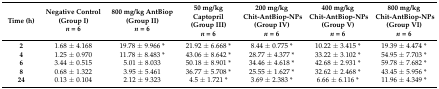
| Time (h) | Negative Control (Group I)n = 6 | 800 mg/kg AntBiop (Group II)n = 6 | 50 mg/kg Captopril (Group III)n = 6 | 200 mg/kg Chit-AntBiop-NPs (Group IV)n = 6 | 400 mg/kg Chit-AntBiop-NPs (Group V)n = 6 | 800 mg/kg Chit-AntBiop-NPs (Group VI)n = 6 |
 | --- | --- | --- | --- | --- | --- | --- |
 | 2 | 1.68 ± 4.168 | 19.78 ± 9.966 * | 21.92 ± 6.668 * | 8.44 ± 0.775 * | 10.22 ± 3.415 * | 19.39 ± 4.474 * |
 | 4 | 1.25 ± 0.970 | 11.78 ± 8.483 * | 43.06 ± 8.642 * | 28.77 ± 4.377 * | 33.22 ± 3.102 * | 54.95 ± 7.703 * |
 | 6 | 3.44 ± 0.515 | 5.01 ± 8.033 | 50.18 ± 8.901 * | 34.46 ± 4.618 * | 42.68 ± 2.931 * | 59.78 ± 7.682 * |
 | 8 | 0.68 ± 1.322 | 3.95 ± 5.461 | 36.77 ± 5.708 * | 25.55 ± 1.627 * | 32.62 ± 2.468 * | 43.45 ± 5.956 * |
 | 24 | 0.13 ± 0.104 | 2.12 ± 9.323 | 4.5 ± 1.721 * | 3.69 ± 2.383 * | 6.66 ± 6.116 * | 11.96 ± 4.349 * |